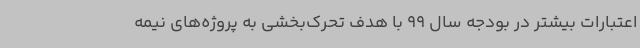
اعتبارات بیشتر در بودجه سال 99 با هدف تحرک‌بخشی به پروژه‌های نیمه